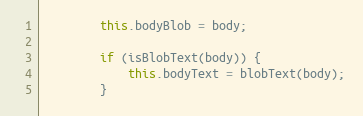
Language: JavaScript
        this.bodyBlob = body;

        if (isBlobText(body)) {
            this.bodyText = blobText(body);
        }